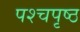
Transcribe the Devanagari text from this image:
पश्चपृष्ठ